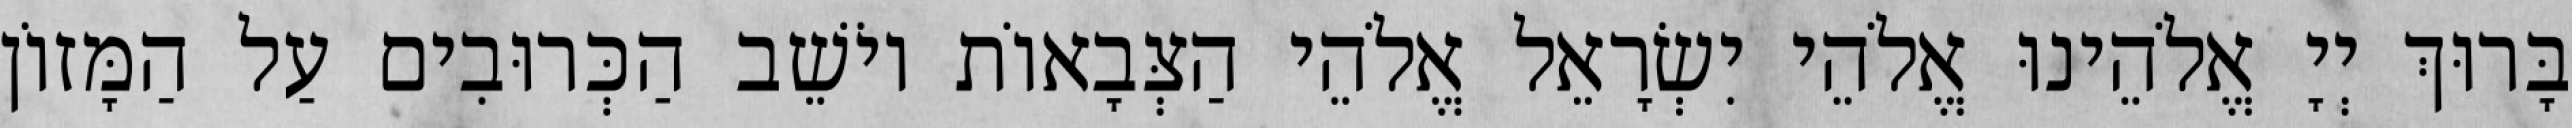
בָּרוּךְ יְיָ אֱלֹהֵינוּ אֱלֹהֵי יִשְׂרָאֵל אֱלֹהֵי הַצְּבָאוֹת יוֹשֵׁב הַכְּרוּבִים עַל הַמָּזוֹן